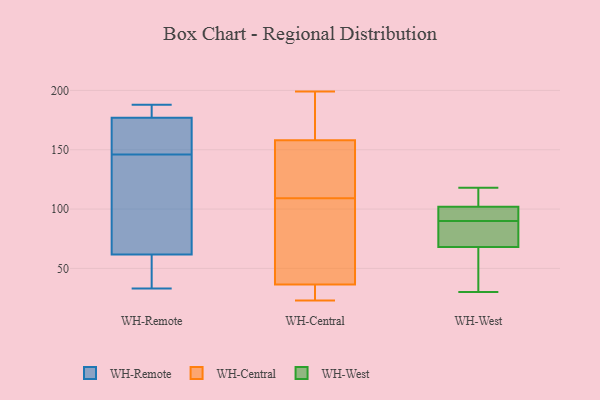
{"axis": {"x": "Demand Index", "y": "Value"}, "legend": ["WH-Central", "WH-Remote", "WH-West"], "data": [{"x": "", "y": 188, "type": "WH-Remote"}, {"x": "", "y": 83, "type": "WH-Remote"}, {"x": "", "y": 188, "type": "WH-Remote"}, {"x": "", "y": 156, "type": "WH-Remote"}, {"x": "", "y": 70, "type": "WH-Remote"}, {"x": "", "y": 184, "type": "WH-Remote"}, {"x": "", "y": 33, "type": "WH-Remote"}, {"x": "", "y": 146, "type": "WH-Remote"}, {"x": "", "y": 36, "type": "WH-Remote"}, {"x": "", "y": 150, "type": "WH-Remote"}, {"x": "", "y": 59, "type": "WH-Remote"}, {"x": "", "y": 95, "type": "WH-Central"}, {"x": "", "y": 120, "type": "WH-Central"}, {"x": "", "y": 25, "type": "WH-Central"}, {"x": "", "y": 24, "type": "WH-Central"}, {"x": "", "y": 161, "type": "WH-Central"}, {"x": "", "y": 162, "type": "WH-Central"}, {"x": "", "y": 29, "type": "WH-Central"}, {"x": "", "y": 132, "type": "WH-Central"}, {"x": "", "y": 161, "type": "WH-Central"}, {"x": "", "y": 199, "type": "WH-Central"}, {"x": "", "y": 109, "type": "WH-Central"}, {"x": "", "y": 59, "type": "WH-Central"}, {"x": "", "y": 149, "type": "WH-Central"}, {"x": "", "y": 23, "type": "WH-Central"}, {"x": "", "y": 108, "type": "WH-Central"}, {"x": "", "y": 91, "type": "WH-West"}, {"x": "", "y": 118, "type": "WH-West"}, {"x": "", "y": 72, "type": "WH-West"}, {"x": "", "y": 30, "type": "WH-West"}, {"x": "", "y": 97, "type": "WH-West"}, {"x": "", "y": 68, "type": "WH-West"}, {"x": "", "y": 106, "type": "WH-West"}, {"x": "", "y": 30, "type": "WH-West"}, {"x": "", "y": 89, "type": "WH-West"}, {"x": "", "y": 102, "type": "WH-West"}]}